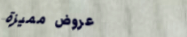
عروض مميزة